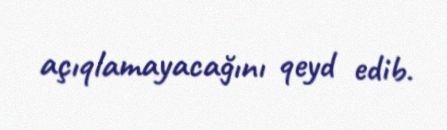
açıqlamayacağını qeyd edib.